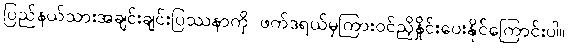
ပြည်နယ်သားအချင်းချင်းပြဿနာကို ဖက်ဒရယ်မှကြားဝင်ညှိနှိုင်းပေးနိုင်ကြောင်းပါ။